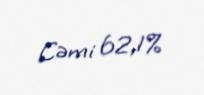
Cəmi 62,1%